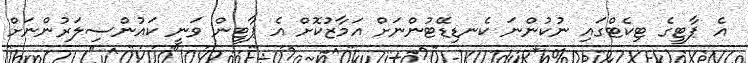
އެ ޕާޓީގެ ޓިކެޓްގައި ނުކުންނަ ކެނޑިޑޭޓުންނަށް އަމާޒުކޮށް އެ ޕާޓީން ވަނީ ކައުންސިލަރުންނަށް